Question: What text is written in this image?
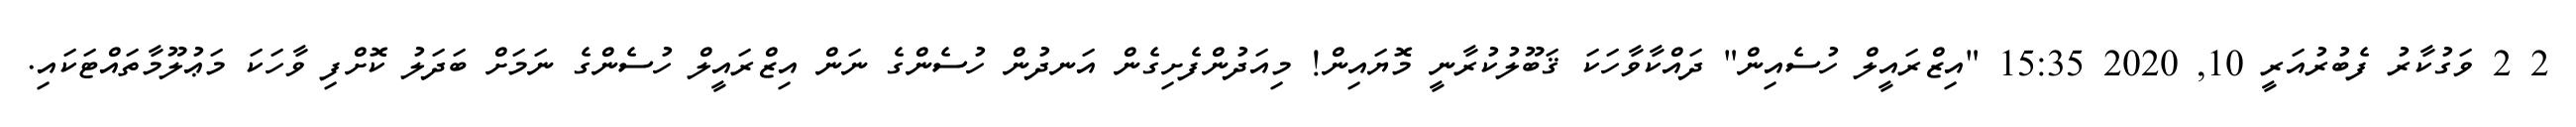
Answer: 2 2 ވަގުކާރު ފެބުރުއަރީ 10, 2020 15:35 "އިޒްރައީލް ހުސެއިން" ދައްކާވާހަކަ ޤަބޫލުކުރާނީ މޮޔައިން! މިއަދުންފެށިގެން އަނދުން ހުސެންގެ ނަން އިޒްރައީލް ހުސެންގެ ނަމަށް ބަދަލު ކޮށްފި ވާހަކަ މަޢުލޫމާތައްޓަކައި.